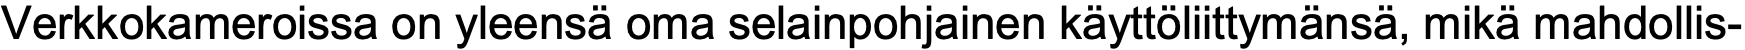
Verkkokameroissa on yleensä oma selainpohjainen käyttöliittymänsä, mikä mahdollis-